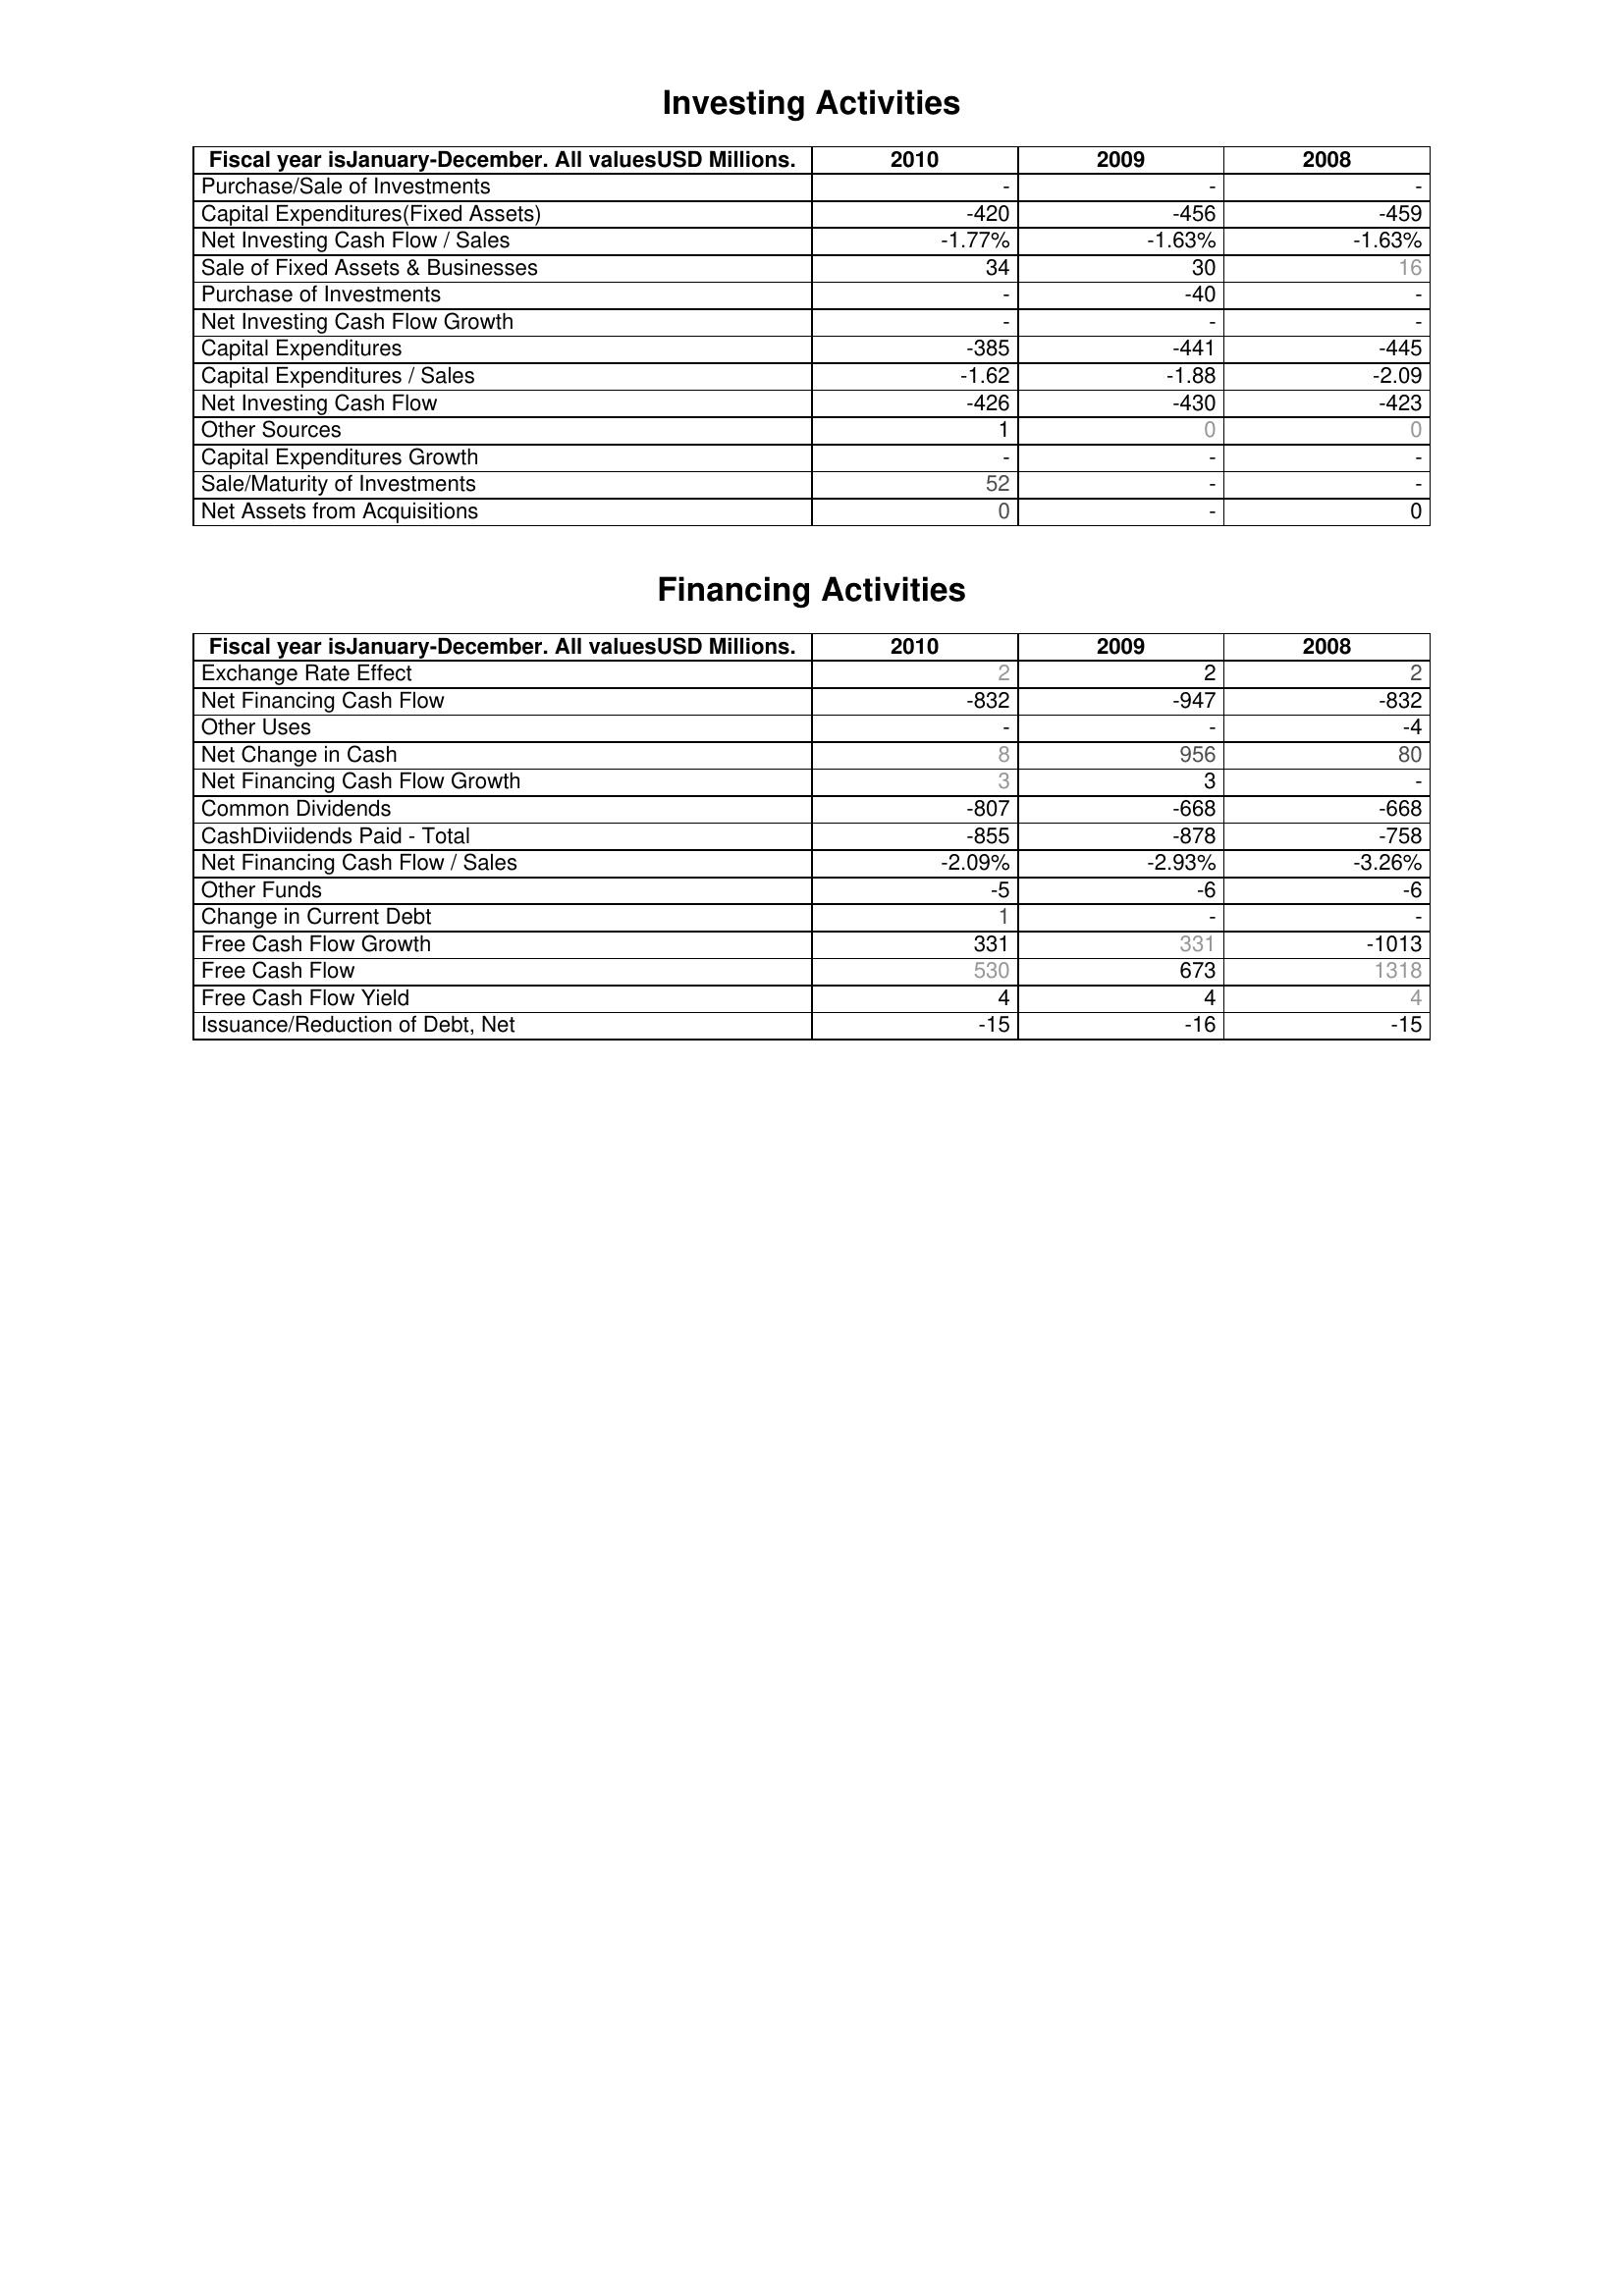
2010: Investing Activities: Purchase/Sale of Investments: -
Capital Expenditures(Fixed Assets): -420
Net Investing Cash Flow / Sales: -1.77%
Sale of Fixed Assets & Businesses: 34
Purchase of Investments: -
Net Investing Cash Flow Growth: -
Capital Expenditures: -385
Capital Expenditures / Sales: -1.62
Net Investing Cash Flow: -426
Other Sources: 1
Capital Expenditures Growth: -
Sale/Maturity of Investments: 52
Net Assets from Acquisitions: 0
Financing Activities: Exchange Rate Effect: 2
Net Financing Cash Flow: -832
Other Uses: -
Net Change in Cash: 8
Net Financing Cash Flow Growth: 3
Common Dividends: -807
CashDiviidends Paid - Total: -855
Net Financing Cash Flow / Sales: -2.09%
Other Funds: -5
Change in Current Debt: 1
Free Cash Flow Growth: 331
Free Cash Flow: 530
Free Cash Flow Yield: 4
Issuance/Reduction of Debt, Net: -15
2009: Investing Activities: Purchase/Sale of Investments: -
Capital Expenditures(Fixed Assets): -456
Net Investing Cash Flow / Sales: -1.63%
Sale of Fixed Assets & Businesses: 30
Purchase of Investments: -40
Net Investing Cash Flow Growth: -
Capital Expenditures: -441
Capital Expenditures / Sales: -1.88
Net Investing Cash Flow: -430
Other Sources: 0
Capital Expenditures Growth: -
Sale/Maturity of Investments: -
Net Assets from Acquisitions: -
Financing Activities: Exchange Rate Effect: 2
Net Financing Cash Flow: -947
Other Uses: -
Net Change in Cash: 956
Net Financing Cash Flow Growth: 3
Common Dividends: -668
CashDiviidends Paid - Total: -878
Net Financing Cash Flow / Sales: -2.93%
Other Funds: -6
Change in Current Debt: -
Free Cash Flow Growth: 331
Free Cash Flow: 673
Free Cash Flow Yield: 4
Issuance/Reduction of Debt, Net: -16
2008: Investing Activities: Purchase/Sale of Investments: -
Capital Expenditures(Fixed Assets): -459
Net Investing Cash Flow / Sales: -1.63%
Sale of Fixed Assets & Businesses: 16
Purchase of Investments: -
Net Investing Cash Flow Growth: -
Capital Expenditures: -445
Capital Expenditures / Sales: -2.09
Net Investing Cash Flow: -423
Other Sources: 0
Capital Expenditures Growth: -
Sale/Maturity of Investments: -
Net Assets from Acquisitions: 0
Financing Activities: Exchange Rate Effect: 2
Net Financing Cash Flow: -832
Other Uses: -4
Net Change in Cash: 80
Net Financing Cash Flow Growth: -
Common Dividends: -668
CashDiviidends Paid - Total: -758
Net Financing Cash Flow / Sales: -3.26%
Other Funds: -6
Change in Current Debt: -
Free Cash Flow Growth: -1013
Free Cash Flow: 1318
Free Cash Flow Yield: 4
Issuance/Reduction of Debt, Net: -15